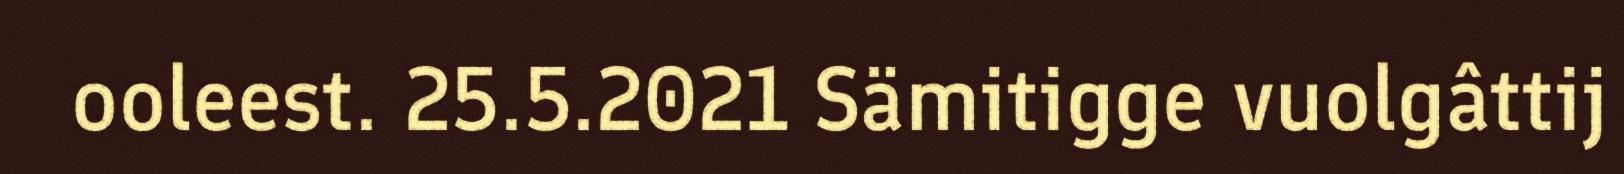
ooleest. 25.5.2021 Sämitigge vuolgâttij